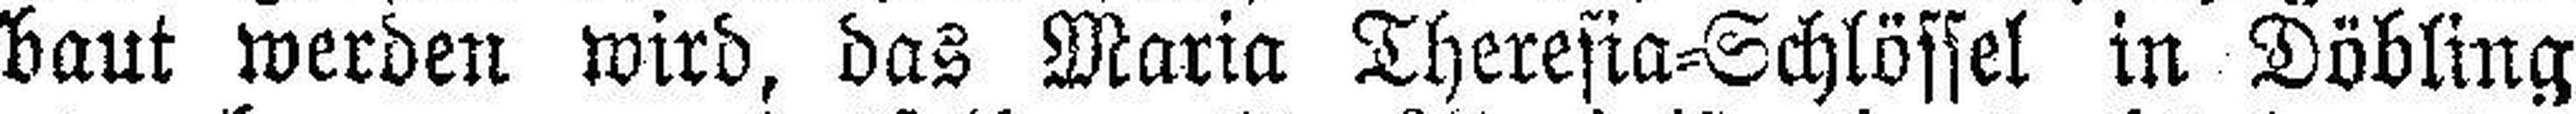
baut werden wird, das Maria Theresia=Schlössel in Döbling